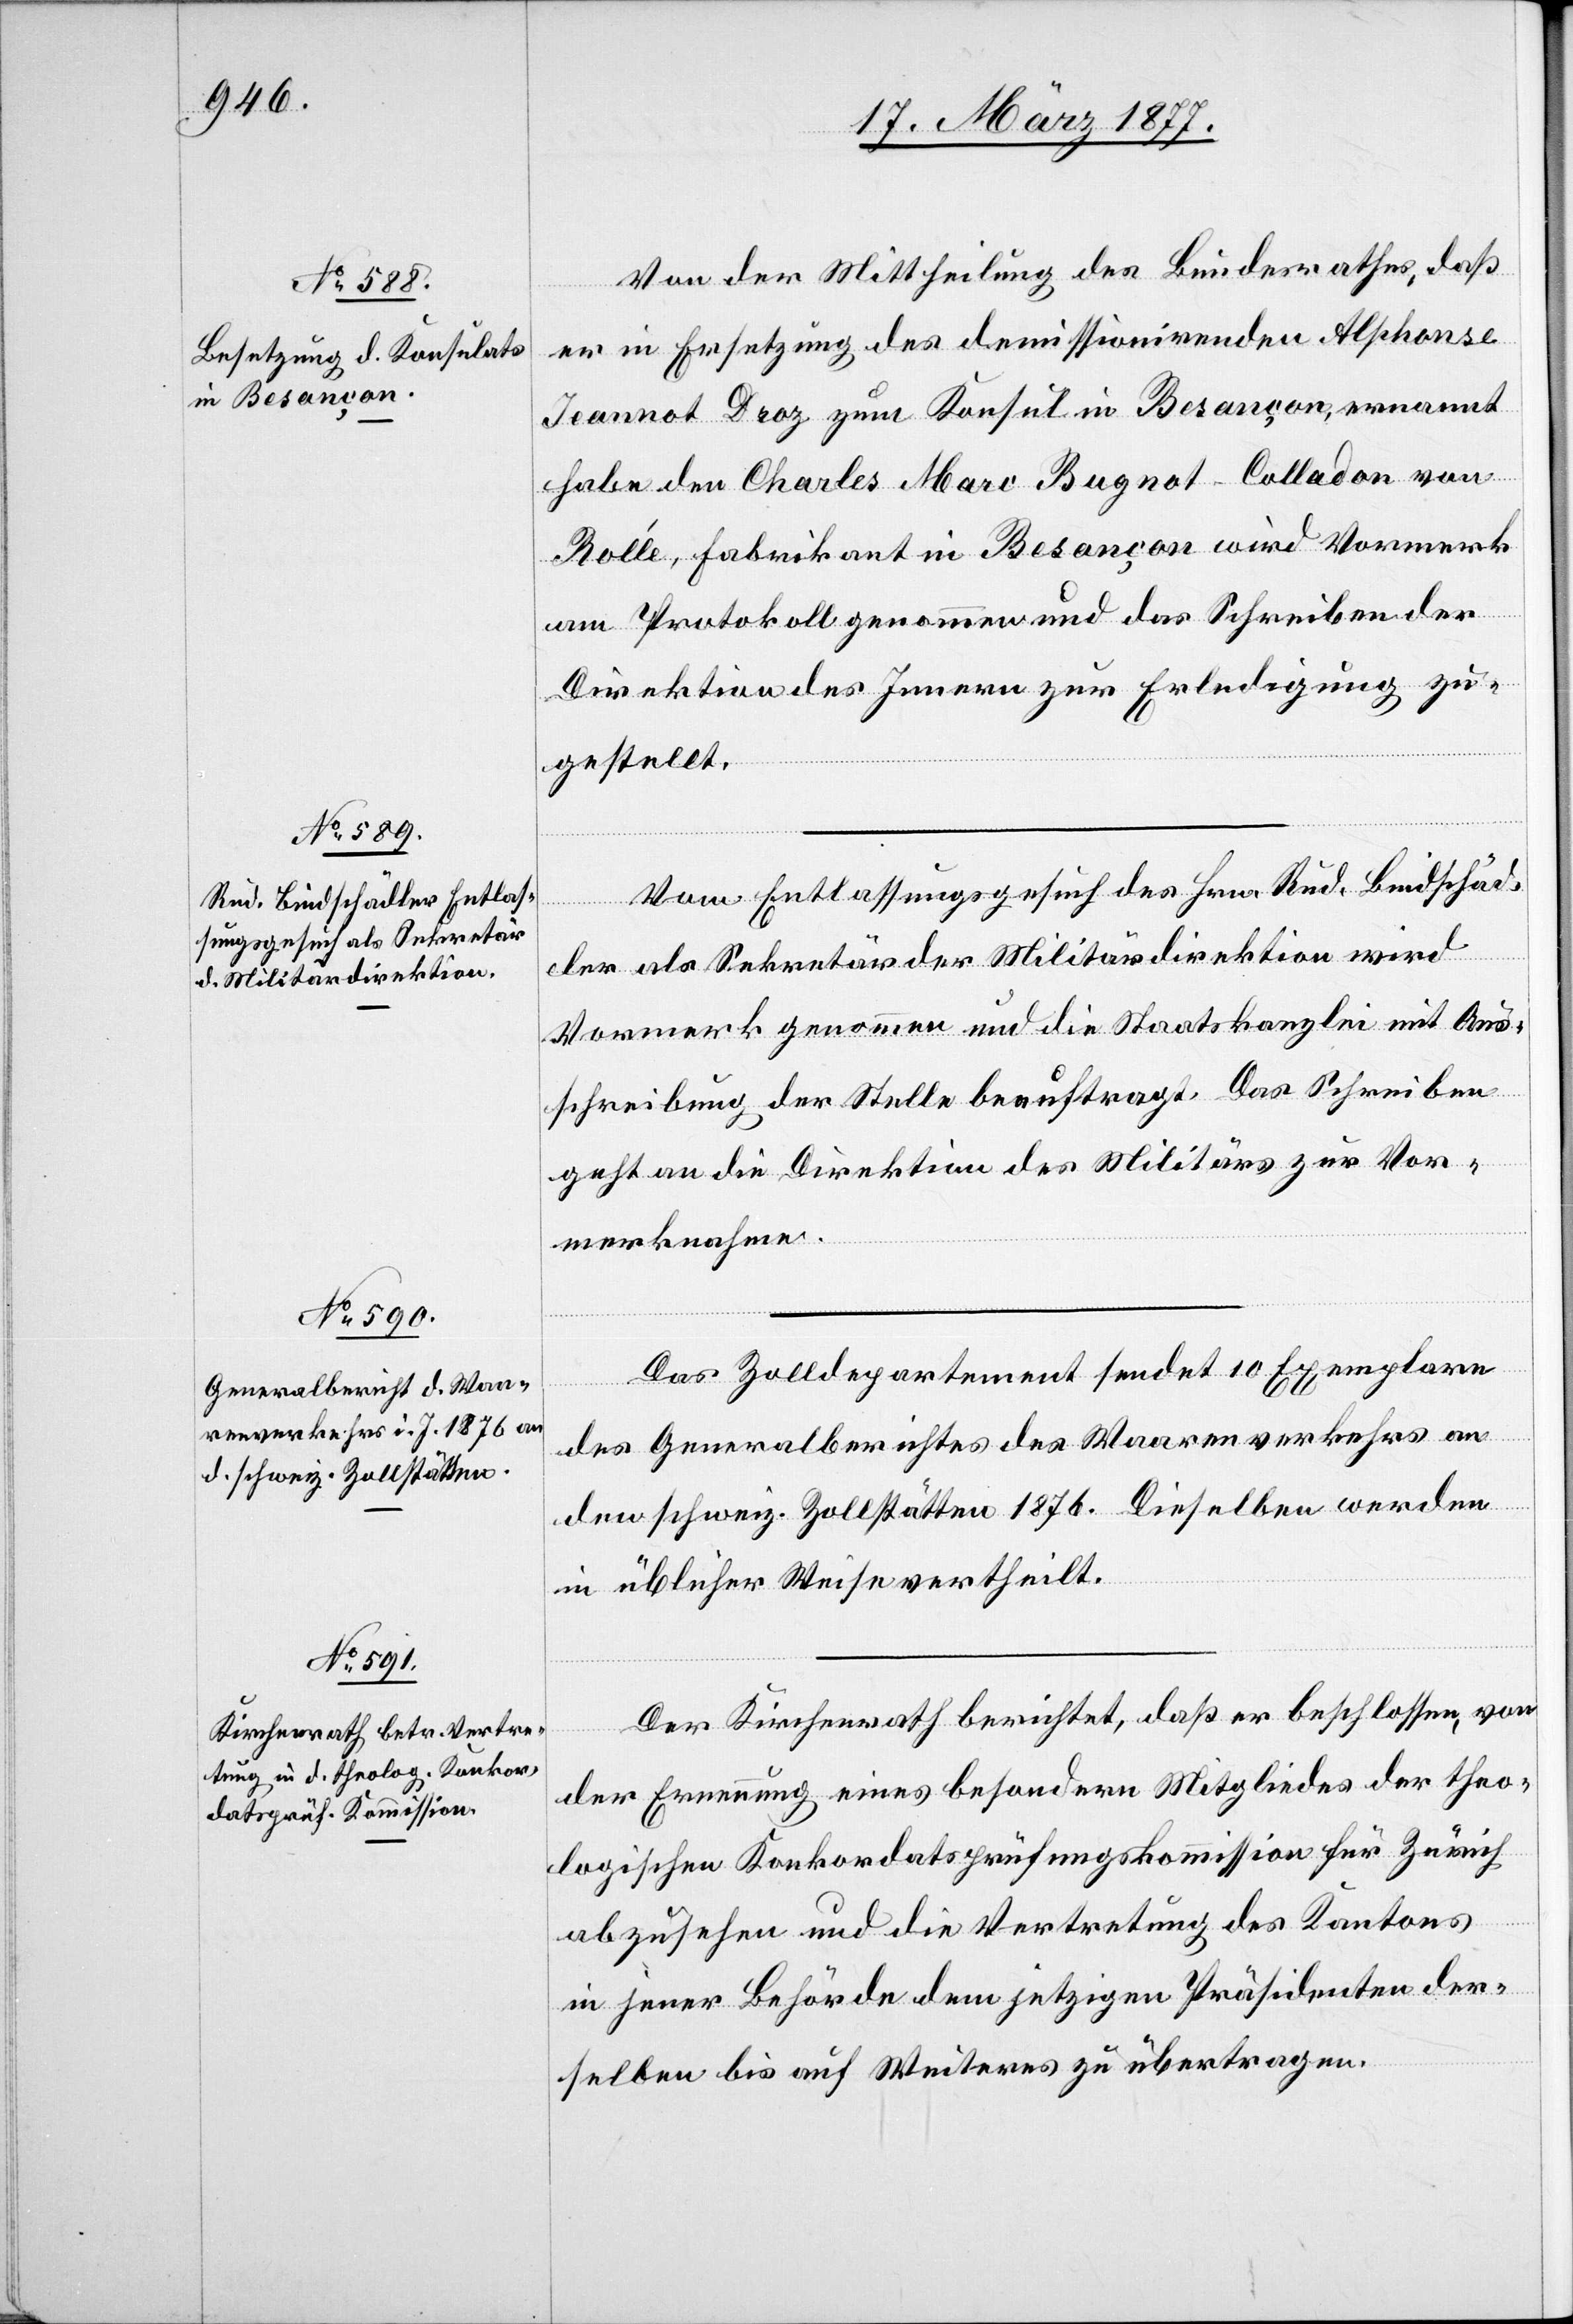
Von der Mittheilung des Bundesrathes, daß
er in Ersetzung des demissionirenden Alphonse
Jeannot Droz zum Konsul in Besançon ernannt
habe den Charles Marc Bugnot-Colladon von
Rollé, Fabrikant in Besançon wird Vormerk
am Protokoll genommen und das Schreiben der
Direktion des Innern zur Erledigung zu¬
gestellt.
Vom Entlassungsgesuch des Hrn. Rud. Bindschäd¬
ler als Sekretär der Militärdirektion wird
Vormerk genommen und die Staatskanzlei mit Aus¬
schreibung der Stelle beauftragt. Das Schreiben
geht an die Direktion des Militärs zur Vor¬
merknahme.
Das Zolldepartement sendet 10 Exemplare
des Generalberichtes des Waarenverkehrs an
den schweiz. Zollstätten 1876. Dieselben werden
in üblicher Weise vertheilt.
Der Kirchenrath berichtet, daß er beschlossen, von
der Ernennung eines besondern Mitgliedes der theo¬
logischen Konkordatsprüfungskommission für Zürich
abzusehen und die Vertretung des Kantons
in jener Behörde dem jetzigen Präsidenten der¬
selben bis auf Weiteres zu übertragen.